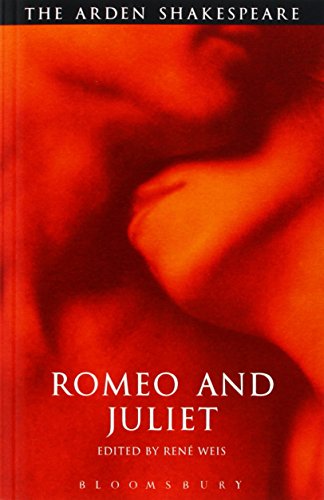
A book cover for Romeo And Juliet: Third Series (Arden Shakespeare); William Shakespeare; Literature & Fiction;